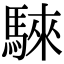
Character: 騋